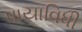
પાયાવિધી